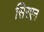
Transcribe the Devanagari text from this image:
सिरएन